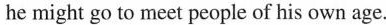
he might go to meet people of his own age. "